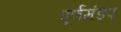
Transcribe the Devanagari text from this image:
पूर्णमंडप